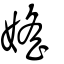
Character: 媱